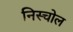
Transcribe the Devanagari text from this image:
निस्चोल